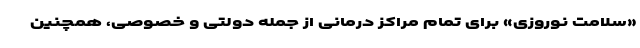
«سلامت نوروزی» برای تمام مراکز درمانی از جمله دولتی و خصوصی، همچنین